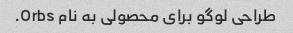
طراحی لوگو برای محصولی به نام Orbs.